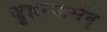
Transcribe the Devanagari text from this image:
बृहत्कर्मन्